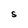
Character: S